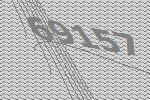
69157